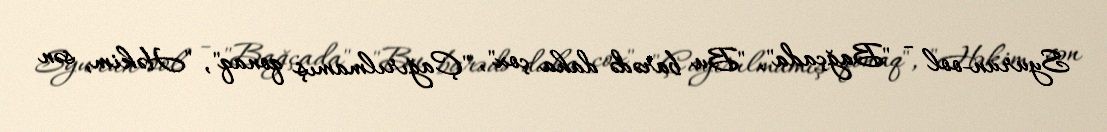
Syurun-ool - "Bağçada", "Bu barədə daha çox", "Çağırılmamış qonaq", "Həkim, sən